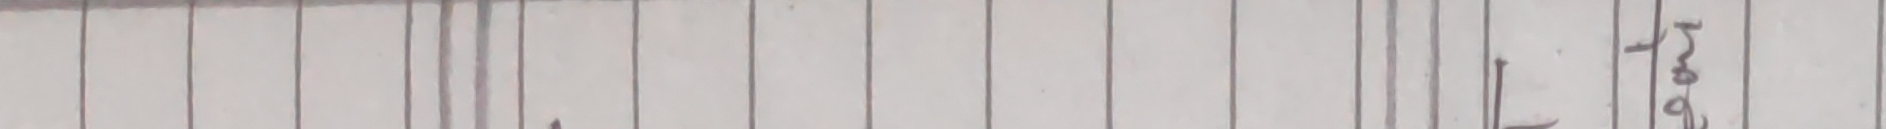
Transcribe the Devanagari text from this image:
अगस्‌